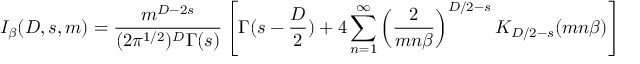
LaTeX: I _ { \beta } ( D , s , m ) = \frac { m ^ { D - 2 s } } { ( 2 \pi ^ { 1 / 2 } ) ^ { D } \Gamma ( s ) } \left[ \Gamma ( s - \frac { D } { 2 } ) + 4 \sum _ { n = 1 } ^ { \infty } \left( \frac { 2 } { m n \beta } \right) ^ { D / 2 - s } K _ { D / 2 - s } ( m n \beta ) \right]